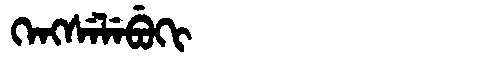
Manchu: ᡴᡝᠩᠰᡝᠯᡝᠪᡠᡴᡳ
Romanization: KENGSELEBUKI